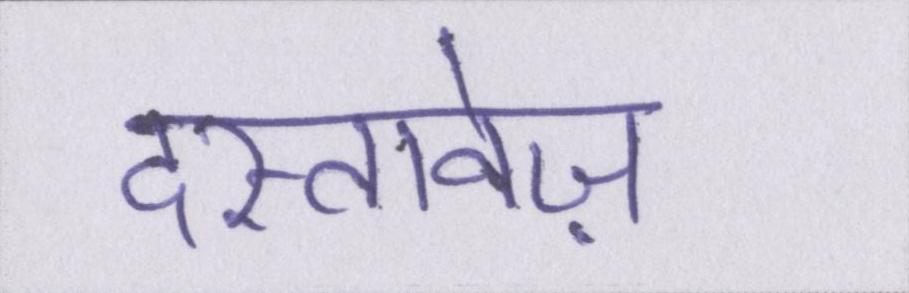
दस्तावेज़